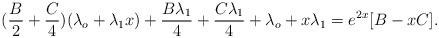
\begin{align*}(\frac{B}{2}+\frac{C}{4})(\lambda_o+\lambda_1x)+\frac{B\lambda_{1}}{4}+\frac{C\lambda_1}{4}+\lambda_o+x\lambda_1=e^{2x}[B-xC].\end{align*}